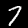
Label: 7